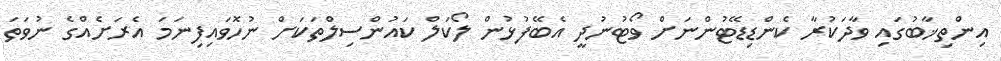
އިންތިޚާބުގައި ވާދަކުރާ ކެންޑިޑޭޓުންނަށް ވޯޓުނުދީ އެބޭފުޅުން ލޯކަލް ކައުންސިލްތަކަށް ނުހޮވައިފިނަމަ އެރަށެއްގެ ނުވަތަ